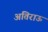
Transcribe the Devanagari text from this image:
अतिराऊ